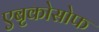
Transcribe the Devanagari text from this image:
एबृकोसोफ